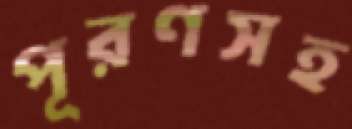
পূরণসহ